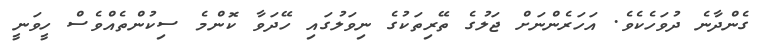
ގެންދާނެ ދުވަހެކެވެ. އަހަރެންނަށް ޖަލުގެ ތޭރިތަކުގެ ނިވަލުގައި ހޭދަވާ ކޮންމެ ސިކުންތެއްވެސް ހީވަނީ